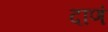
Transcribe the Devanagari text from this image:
दाणं